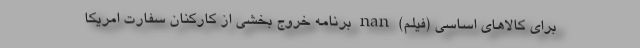
برای کالاهای اساسی (فیلم) nan برنامه خروج بخشی از کارکنان سفارت امریکا